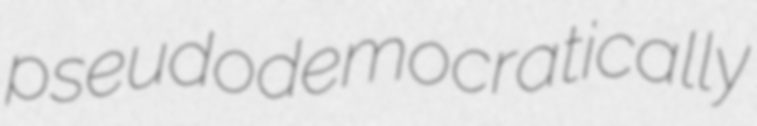
pseudodemocratically